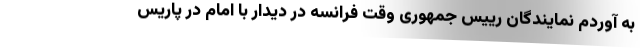
به آوردم نمایندگان رییس جمهوری وقت فرانسه در دیدار با امام در پاریس